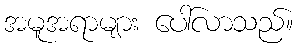
အမူအရာများ ပေါ်လာသည်။